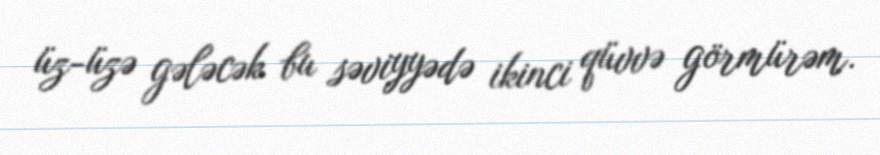
üz-üzə gələcək bu səviyyədə ikinci qüvvə görmürəm.